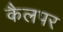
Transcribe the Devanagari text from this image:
कैलपर